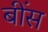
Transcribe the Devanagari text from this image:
बींस